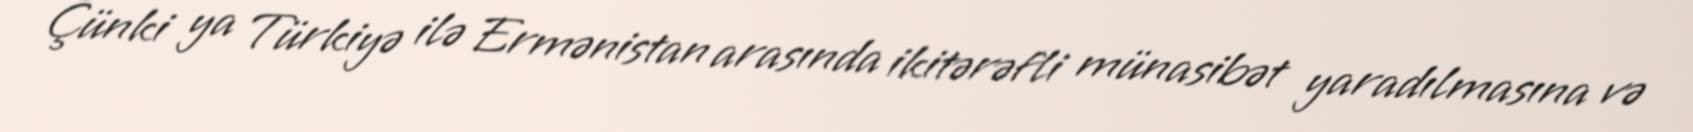
Çünki ya Türkiyə ilə Ermənistan arasında ikitərəfli münasibət yaradılmasına və